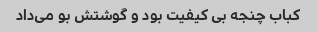
کباب چنجه بی کیفیت بود و گوشتش بو می‌داد